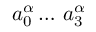
a _ { 0 } ^ { \alpha } \dots \, a _ { 3 } ^ { \alpha }